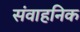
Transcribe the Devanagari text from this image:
संवाहनिक